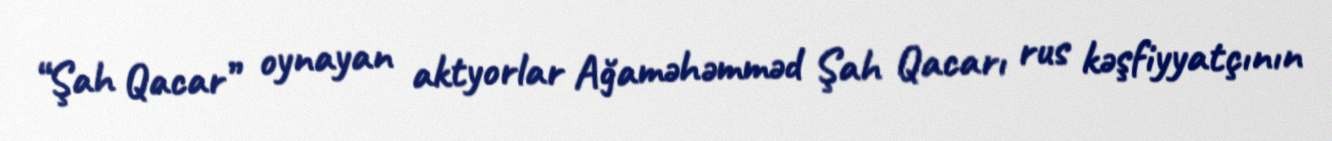
“Şah Qacar” oynayan aktyorlar Ağaməhəmməd Şah Qacarı rus kəşfiyyatçının